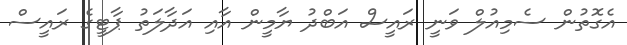
އެގޮތުން ސެމިއުލް ވަނީ ރައީސް އަބްދު ޔާމީން އާއި އަދާލަތު ޕާޓީގެ ރައީސް